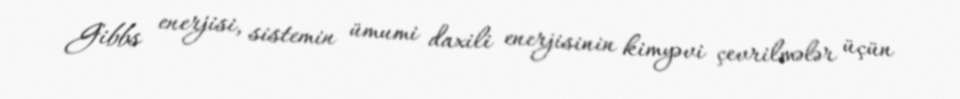
Gibbs enerjisi, sistemin ümumi daxili enerjisinin kimyəvi çevrilmələr üçün